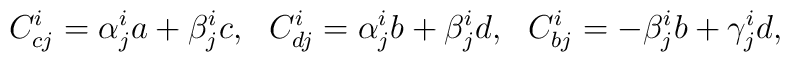
C_{cj}^{i}=\alpha_{j}^{i}a+\beta_{j}^{i}c,~~C_{dj}^{i}=\alpha_{j}^{i}b+\beta_{j}^{i}d,~~C_{bj}^{i}=-\beta_{j}^{i}b+\gamma_{j}^{i}d,